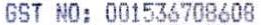
GST NO: 001536708608